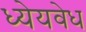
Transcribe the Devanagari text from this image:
ध्येयवेध